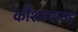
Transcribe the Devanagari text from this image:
कौशल्यासह